Lunatic asylums Burma 1907-21 - 1907-1921
Year: 1907
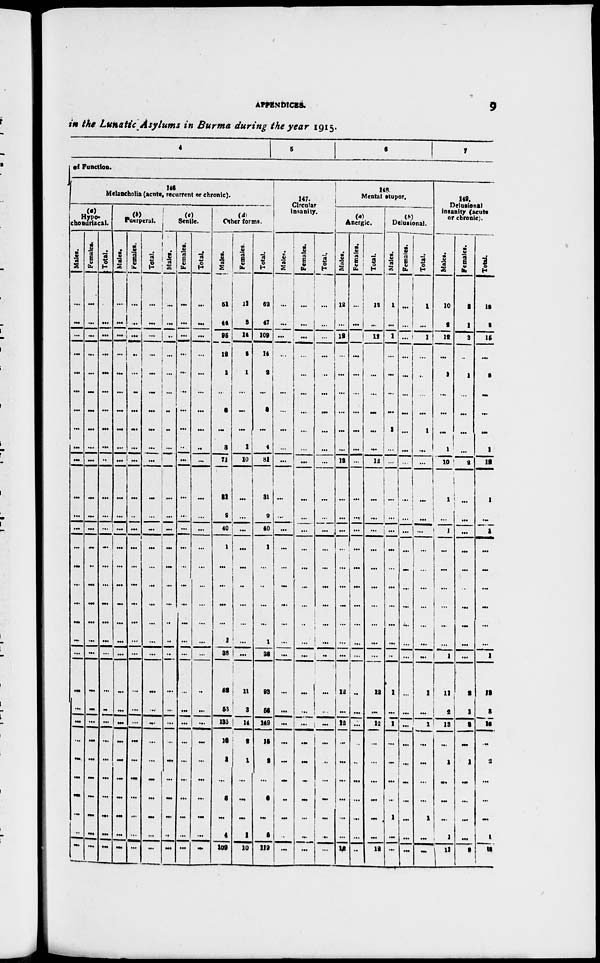
APPENDICES.
9
in the Lunatic Asylums in Burma during the year 1915.
4
5
6
7
of Function.
146
Melancholia (acute, recurrent or chronic).
(a)
Hypo-
chondriacal.
Males.
...
...
...
...
...
...
...
...
...
...
...
...
...
...
...
...
...
...
...
...
...
...
...
...
...
...
...
...
..
...
Females.
...
...
...
...
...
...
...
...
...
...
...
...
...
...
..
...
...
...
...
...
...
...
...
...
...
...
...
...
...
...
Total.
...
...
...
...
...
...
...
...
...
..
...
...
...
...
...
...
...
...
...
...
...
..
...
...
...
...
...
...
...
...
(b)
Puerperal.
Males.
...
...
...
...
...
...
...
...
...
...
...
...
...
...
...
...
...
...
...
...
...
...
...
...
...
...
...
...
...
...
Females.
...
...
...
..
...
..
...
...
...
...
...
..
...
...
...
...
...
...
...
...
...
...
...
...
...
...
...
...
...
...
Total.
...
...
...
...
...
...
...
...
...
...
...
...
...
...
...
...
...
...
...
...
...
..
...
...
...
...
...
...
...
...
(c)
Senile.
Males.
...
...
..
...
...
...
..
..
...
...
...
...
...
...
...
...
...
..
..
..
...
...
...
...
...
...
...
...
..
...
Females.
...
...
...
...
...
...
...
...
..
...
...
...
...
...
...
...
...
...
...
...
...
...
...
...
...
...
...
...
...
...
Total.
...
...
...
...
...
...
...
...
..
...
...
...
...
...
...
...
...
...
...
...
...
...
...
...
...
...
...
...
...
...
(d)
Other forms.
Males.
51
44
95
12
1
...
3
...
3
71
31
2
40
1
...
...
...
...
1
38
82
53
135
13
1
...
2
...
4
109
Females.
11
3
14
2
1
...
...
...
1
10
...
...
...
...
...
..
...
...
...
...
11
3
14
2
1
...
...
...
1
10
Total.
62
47
109
14
2
...
3
...
4
81
31
2
40
1
...
..
...
...
1
38
98
56
149
15
2
...
2
...
5
119
147.
Circular
insanity.
Males.
...
...
...
...
...
...
...
...
...
...
...
...
...
...
...
...
...
...
...
...
...
...
...
...
...
...
...
...
..
...
Females.
...
...
...
...
..
...
...
...
...
...
...
...
...
...
...
...
...
..
...
...
...
...
...
...
...
...
...
...
...
...
Total.
...
...
...
...
...
...
...
...
...
...
...
...
...
...
...
...
...
...
...
..
...
...
...
...
..
...
...
...
...
...
148.
Mental stupor.
Anergic.
Males.
12
...
12
...
...
...
...
...
...
12
...
...
...
...
...
...
...
...
...
...
12
...
12
...
...
...
...
...
...
12
Females.
...
...
...
...
...
...
...
...
...
...
...
...
...
...
...
...
...
...
...
...
..
...
...
...
..
...
...
...
...
..
Total.
12
...
12
...
...
...
...
...
...
12
...
...
...
...
...
...
...
...
...
...
12
...
12
...
...
...
...
...
...
12
Delusional.
Males.
1
...
1
...
...
...
...
1
...
...
...
...
...
...
...
...
...
...
...
..
1
...
1
...
...
...
...
1
...
...
Females.
...
...
..
...
...
...
...
...
...
...
...
...
...
...
...
...
...
...
...
...
...
...
...
...
...
...
...
...
...
...
Total.
1
...
1
...
..
...
...
1
...
...
...
...
...
...
...
...
...
...
...
...
1
...
1
...
...
...
...
1
...
...
149.
Delusional
insanity (acute
or chronic).
Males.
10
2
12
...
1
...
...
...
1
10
1
...
1
...
...
...
...
...
...
1
11
2
13
...
1
...
...
...
1
11
Females.
2
1
3
..
1
...
...
...
...
2
...
...
...
...
...
...
...
...
...
...
2
1
2
...
1
...
...
...
...
2
Total.
12
3
15
...
2
...
...
...
1
12
1
...
1
...
...
...
...
...
...
1
13
3
15
...
2
...
...
...
1
13